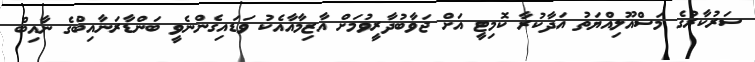
ސަރުކާރުގެ މަސްއޫލިއްޔަތު އަދާކުރާ ކޮމިޓީ އަށް ޖަވާބުދާރީވުމަށް އާޒިމާއާއެކު ވަޑައިގެންނެވީ ބަންޑާރަނާއިބްގެ ނާއިބް